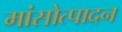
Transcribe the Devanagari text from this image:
मांसोत्पादन